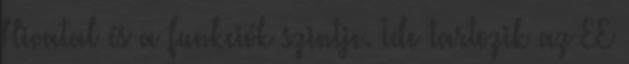
Hivatal és a funkciók szintje. Ide tartozik az EE